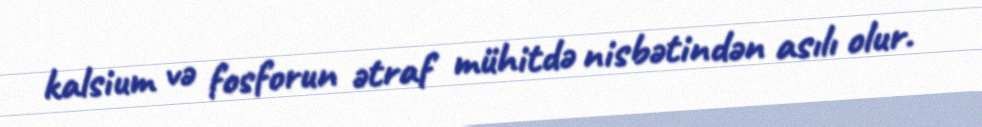
kalsium və fosforun ətraf mühitdə nisbətindən asılı olur.